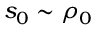
s _ { 0 } \sim \rho _ { 0 }